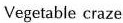
Vegetable